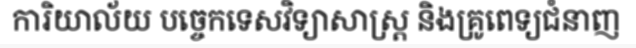
ការិយាល័យ បច្ចេកទេសវិទ្យាសាស្ត្រ និងគ្រូពេទ្យជំនាញ